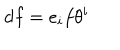
d f = e _ { i } f \theta ^ { i }